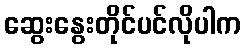
ဆွေးနွေးတိုင်ပင်လိုပါက